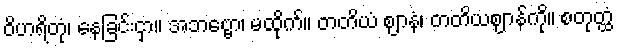
ဝိဟရိတုံ၊ နေခြင်းငှာ။ အဘဗ္ဗော၊ မထိုက်။ တတိယံ ဈာနံ၊ တတိယဈာန်ကို။ စတုတ္ထံ